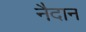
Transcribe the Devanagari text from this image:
नैदान